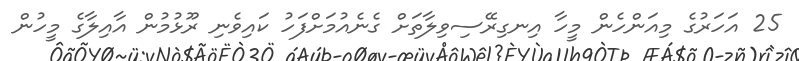
25 އަހަރުގެ މިއަންހެން މީހާ އިނގިރޭސިވިލާތަށް ގެނެއުމަށްފަހު ކައިވެނި ރޫޅުމުން އާއިލާގެ މީހުން